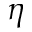
\eta